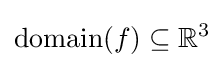
\operatorname {domain} (f)\subseteq \mathbb {R} ^{3}